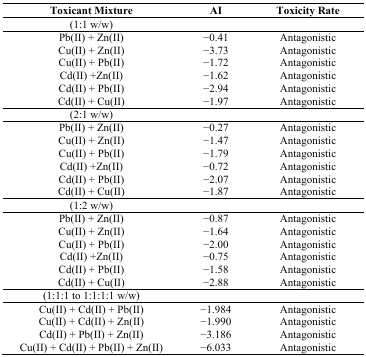
<table><thead><tr><td><b>Toxicant Mixture</b></td><td><b>AI</b></td><td><b>Toxicity Rate</b></td></tr></thead><tbody><tr><td>(1:1 w/w)</td><td></td><td></td></tr><tr><td>Pb(II) + Zn(II)</td><td>−0.41</td><td>Antagonistic</td></tr><tr><td>Cu(II) + Zn(II)</td><td>−3.73</td><td>Antagonistic</td></tr><tr><td>Cu(II) + Pb(II)</td><td>−1.72</td><td>Antagonistic</td></tr><tr><td>Cd(II) +Zn(II)</td><td>−1.62</td><td>Antagonistic</td></tr><tr><td>Cd(II) + Pb(II)</td><td>−2.94</td><td>Antagonistic</td></tr><tr><td>Cd(II) + Cu(II)</td><td>−1.97</td><td>Antagonistic</td></tr><tr><td>(2:1 w/w)</td><td></td><td></td></tr><tr><td>Pb(II) + Zn(II)</td><td>−0.27</td><td>Antagonistic</td></tr><tr><td>Cu(II) + Zn(II)</td><td>−1.47</td><td>Antagonistic</td></tr><tr><td>Cu(II) + Pb(II)</td><td>−1.79</td><td>Antagonistic</td></tr><tr><td>Cd(II) +Zn(II)</td><td>−0.72</td><td>Antagonistic</td></tr><tr><td>Cd(II) + Pb(II)</td><td>−2.07</td><td>Antagonistic</td></tr><tr><td>Cd(II) + Cu(II)</td><td>−1.87</td><td>Antagonistic</td></tr><tr><td>(1:2 w/w)</td><td></td><td></td></tr><tr><td>Pb(II) + Zn(II)</td><td>−0.878</td><td>Antagonistic</td></tr><tr><td>Cu(II) + Zn(II)</td><td>−1.64</td><td>Antagonistic</td></tr><tr><td>Cu(II) + Pb(II)</td><td>−2.00</td><td>Antagonistic</td></tr><tr><td>Cd(II) +Zn(II)</td><td>−0.75</td><td>Antagonistic</td></tr><tr><td>Cd(II) + Pb(II)</td><td>−1.58</td><td>Antagonistic</td></tr><tr><td>Cd(II) + Cu(II)</td><td>−2.88</td><td>Antagonistic</td></tr><tr><td>(1:1:1 to 1:1:1:1 w/w)</td><td></td><td></td></tr><tr><td>Cu(II) + Cd(II) + Pb(II)</td><td>−1.984</td><td>Antagonistic</td></tr><tr><td>Cu(II) + Cd(II) + Zn(II)</td><td>−1.990</td><td>Antagonistic</td></tr><tr><td>Cd(II) + Pb(II) + Zn(II)</td><td>−3.186</td><td>Antagonistic</td></tr><tr><td>Cu(II) + Cd(II) + Pb(II) + Zn(II)</td><td>−6.033</td><td>Antagonistic</td></tr></tbody></table>